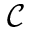
\mathcal { C }